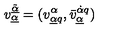
v _ { \underline { { \alpha } } } ^ { \underline { { \tilde { \alpha } } } } = ( v _ { \underline { { \alpha } } q } ^ { \alpha } , \bar { v } _ { \underline { { \alpha } } } ^ { \dot { \alpha } q } )